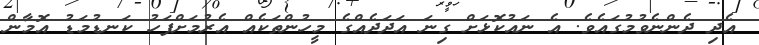
އެދި ދެންނެވުމުގައެވެ. އެ ނައުކޮޅަށް ގިނަ އަދަދެއްގެ މީހުންތަކެއް އެރުމަށްފަހު ކަނޑުމަޑު އޮމާން